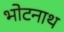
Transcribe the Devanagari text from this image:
भोटनाथ